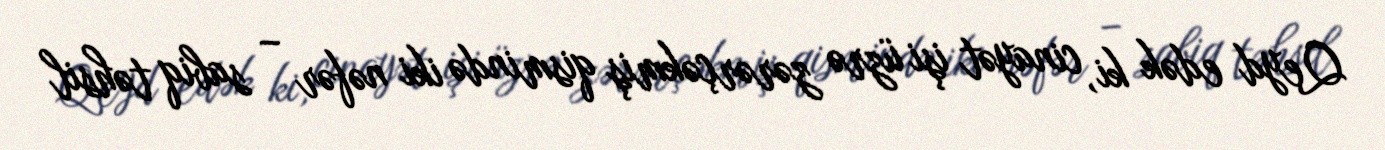
Qeyd edək ki, cinayət işi üzrə zərərçəkmiş qismində iki nəfər – sabiq təhsil